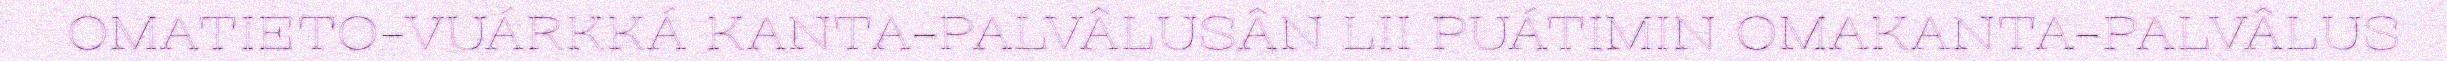
OMATIETO-VUÁRKKÁ KANTA-PALVÂLUSÂN LII PUÁTIMIN OMAKANTA-PALVÂLUS